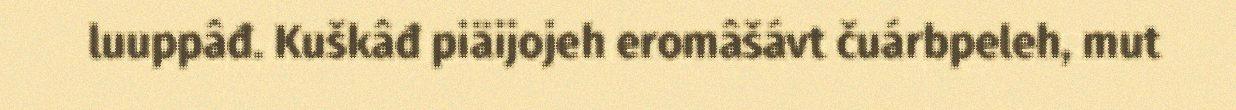
luuppâđ. Kuškâđ piäijojeh eromâšávt čuárbpeleh, mut